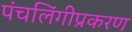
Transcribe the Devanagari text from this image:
पंचलिंगीप्रकरण